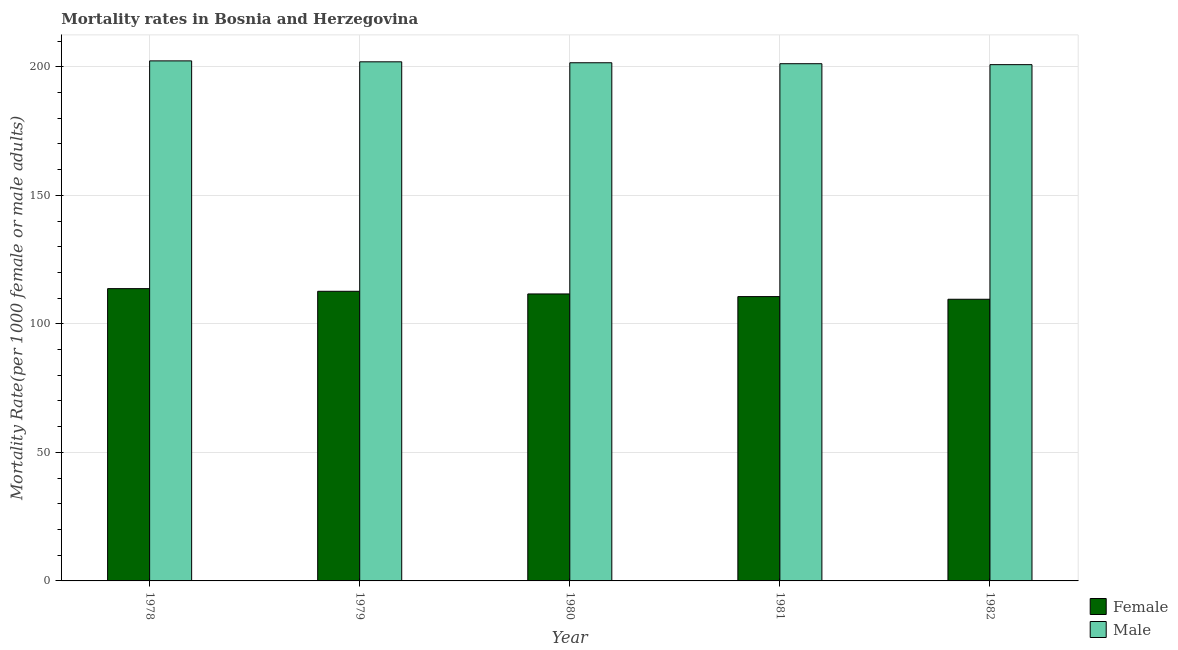
| Year | Female | Male |
 | --- | --- | --- |
 | 1978 | 114 | 202 |
 | 1979 | 113 | 202 |
 | 1980 | 112 | 202 |
 | 1981 | 111 | 201 |
 | 1982 | 110 | 201 |